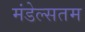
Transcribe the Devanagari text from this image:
मंडेल्सतम